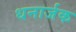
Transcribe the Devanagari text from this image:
धनार्जक